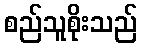
စည်သူစိုးသည်